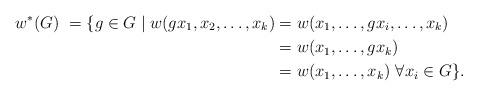
LaTeX: \begin{align*}w^*(G) \ = \{ g \in G \mid w(g x_1, x_2, \dots, x_k ) & = w(x_1, \dots, gx_i, \dots, x_k) \\& = w(x_1, \dots, gx_k) \\& = w(x_1, \dots, x_k)\ \forall x_i \in G\}.\end{align*}